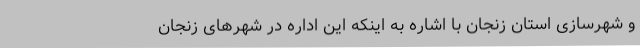
و شهرسازی استان زنجان با اشاره به اینکه این اداره در شهرهای زنجان